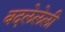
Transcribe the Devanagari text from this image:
बदलेलेली